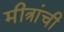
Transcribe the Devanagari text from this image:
मीत्रांची